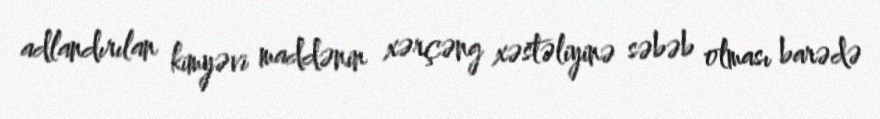
adlandırılan kimyəvi maddənin xərçəng xəstəliyinə səbəb olması barədə